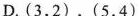
D.(3，2)，(5，4)